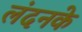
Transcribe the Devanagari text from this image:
लंदनके